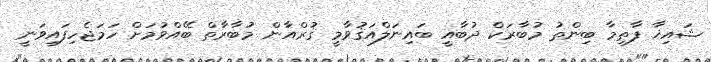
ޝައިޚާ ފާޠިމާ ބިންތު މުބާރަކް ދުބާއީ ބައިނަލްއަޤުވާމީ ޤުރްއާން މުބާރާތް ބޭއްވުމަށް ހަމަޖެހިފައިވަނީ